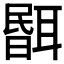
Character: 𦖫